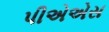
પીએએસ